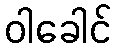
ဝါခေါင်